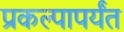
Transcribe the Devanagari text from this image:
प्रकल्पापर्यंत